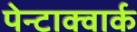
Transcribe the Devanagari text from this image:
पेन्टाक्वार्क